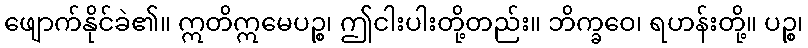
ဖျောက်နိုင်ခဲ၏။ ဣတိဣမေပဉ္စ၊ ဤငါးပါးတို့တည်း။ ဘိက္ခဝေ၊ ရဟန်းတို့။ ပဉ္စ၊